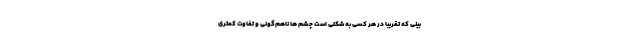
بینی که تقریبا در هر کسی به شکلی است چشم ها ناهم‌گونی و تفاوت کمتری